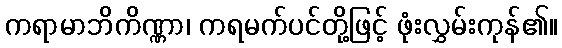
ကရာမာဘိကိဏ္ဏာ၊ ကရမက်ပင်တို့ဖြင့် ဖုံးလွှမ်းကုန်၏။